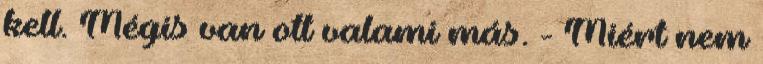
kell. Mégis van ott valami más. - Miért nem